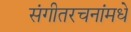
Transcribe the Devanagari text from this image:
संगीतरचनांमधे